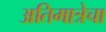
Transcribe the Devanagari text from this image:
अतिमात्रेचा